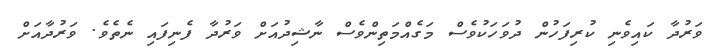
ވަރުދާ ކައިވެނި ކުރިފަހުން ދުވަހަކުވެސް މަގެއްމަތިންވެސް ނާޝިދުއަށް ވަރުދާ ފެނިފައި ނެތެވެ. ވަރުދާއަށް